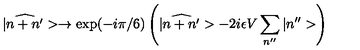
| \widehat { n + n ^ { \prime } } > \rightarrow \mathrm { e x p } ( - i \pi / 6 ) \left( | \widehat { n + n ^ { \prime } } > - 2 i \epsilon V \sum _ { n ^ { \prime \prime } } | n ^ { \prime \prime } > \right)